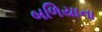
બળિયાના